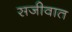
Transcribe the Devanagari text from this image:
सजीवात